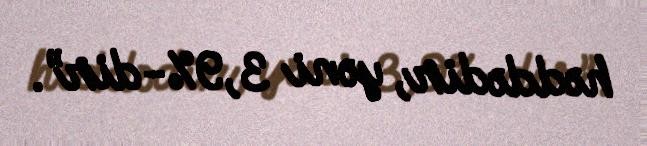
həddədir, yəni 3,9%-dir”.